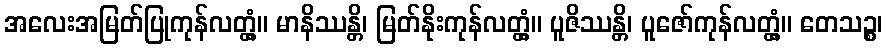
အလေးအမြတ်ပြုကုန်လတ္တံ့။ မာနိဿန္တိ၊ မြတ်နိုးကုန်လတ္တံ့။ ပူဇိဿန္တိ၊ ပူဇော်ကုန်လတ္တံ့။ တေသဉ္စ၊